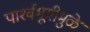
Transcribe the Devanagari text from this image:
पार्श्‍वभूमीमुळे